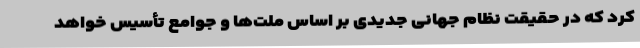
کرد که در حقیقت نظام جهانی جدیدی بر اساس ملت‌ها و جوامع تأسیس خواهد